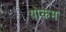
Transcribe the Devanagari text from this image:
योकम